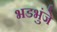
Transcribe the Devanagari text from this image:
भडभुंजे